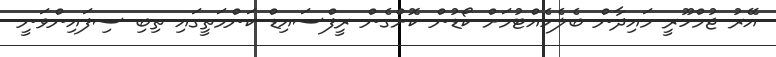
އޭރު ޖުމްހޫރީ މައިދާން ބެލެހެއްޓުމަށް ކޯޑުން ކޮށްގެން ރީފްސައިޑް ކަންމަތީގައި ތިބި ސިފައިންވަނީ